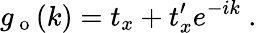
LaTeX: g_{\mathrm{~o~}}(k)=t_{x}+t_{x}^{\prime}e^{-ik}\mathrm{~.~}